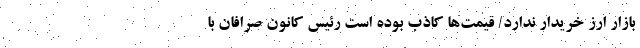
بازار ارز خریدار ندارد/ قیمت‌ها کاذب بوده است رئیس کانون صرافان با